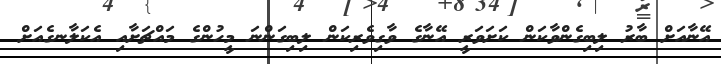
އޭނާއަށް ބާރު ލިބިގެންވާކަން ކަށަވަރީ އޭނާގެ ވާގިވެރިކަން ލިބިގަންނަ މީހުންގެ މައްޗަށާއި އެކަލާނގެއަށް